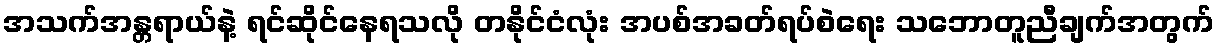
အသက်အန္တရာယ်နဲ့ ရင်ဆိုင်နေရသလို တနိုင်ငံလုံး အပစ်အခတ်ရပ်စဲရေး သဘောတူညီချက်အတွက်